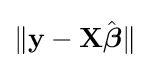
\|\mathbf {y} -\mathbf {X} {\hat {\boldsymbol {\beta }}}\|